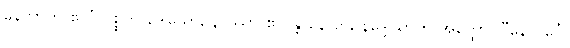
နေလာတိ ဧလံ ဝုစ္စတိ ဒေါသော, နာဿာ ဧလန္တိ နေလာ, နိဒ္ဒေါသာတိ အတ္ထော။ “နေလင်္ဂေါ